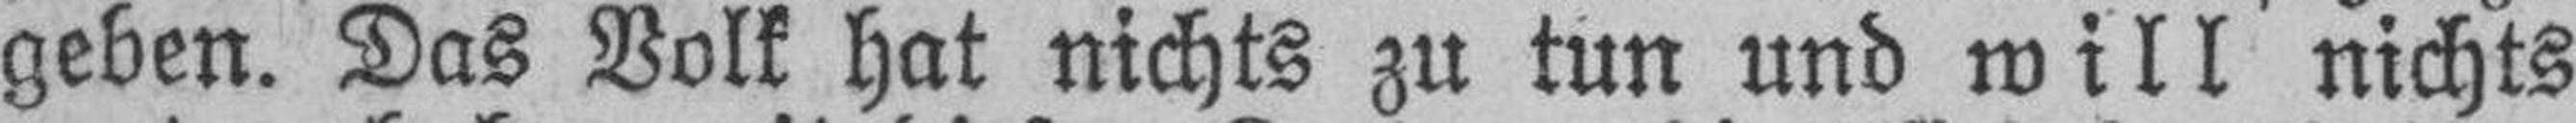
geben. Das Volk hat nichts zu tun und will nichts